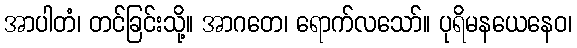
အာပါတံ၊ တင်ခြင်းသို့။ အာဂတေ၊ ရောက်လသော်။ ပုရိမနယေနေဝ၊